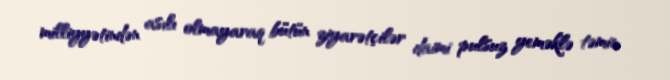
milliyyətindən asılı olmayaraq bütün ziyarətçilər daimi pulsuz yeməklə təmin